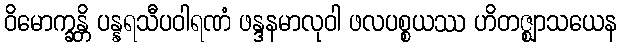
ဝိမောက္ခန္တိ ပန္နရသီပဝါရဏံ ဖန္ဒနမာလုဝါ ဖလပစ္စယဿ ဟိတဇ္ဈာသယေန